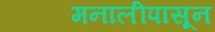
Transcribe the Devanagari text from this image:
मनालीपासून